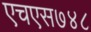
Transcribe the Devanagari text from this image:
एचएस७४८